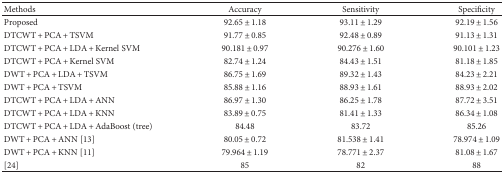
<table><thead><tr><td><b>Methods</b></td><td><b>Accuracy</b></td><td><b>Sensitivity</b></td><td><b>Specificity</b></td></tr></thead><tbody><tr><td>Proposed</td><td>92.65 ± 1.18</td><td>93.11 ± 1.29</td><td>92.19 ± 1.56</td></tr><tr><td>DTCWT + PCA + TSVM</td><td>91.77 ± 0.85</td><td>92.48 ± 0.89</td><td>91.13 ± 1.31</td></tr><tr><td>DTCWT + PCA + LDA + Kernel SVM</td><td>90.181 ± 0.97</td><td>90.276 ± 1.60</td><td>90.101 ± 1.23</td></tr><tr><td>DTCWT + PCA + Kernel SVM</td><td>82.74 ± 1.24</td><td>84.43 ± 1.51</td><td>81.18 ± 1.85</td></tr><tr><td>DWT + PCA + LDA + TSVM</td><td>86.75 ± 1.69</td><td>89.32 ± 1.43</td><td>84.23 ± 2.21</td></tr><tr><td>DWT + PCA + TSVM</td><td>85.88 ± 1.16</td><td>88.93 ± 1.61</td><td>88.93 ± 2.02</td></tr><tr><td>DTCWT + PCA + LDA + ANN</td><td>86.97 ± 1.30</td><td>86.25 ± 1.78</td><td>87.72 ± 3.51</td></tr><tr><td>DTCWT + PCA + LDA + KNN</td><td>83.89 ± 0.75</td><td>81.41 ± 1.33</td><td>86.34 ± 1.08</td></tr><tr><td>DTCWT + PCA + LDA + AdaBoost (tree)</td><td>84.48</td><td>83.72</td><td>85.26</td></tr><tr><td>DWT + PCA + ANN [13]</td><td>80.05 ± 0.72</td><td>81.538 ± 1.41</td><td>78.974 ± 1.09</td></tr><tr><td>DWT + PCA + KNN [11]</td><td>79.964 ± 1.19</td><td>78.771 ± 2.37</td><td>81.08 ± 1.67</td></tr><tr><td>[24]</td><td>85</td><td>82</td><td>88</td></tr></tbody></table>